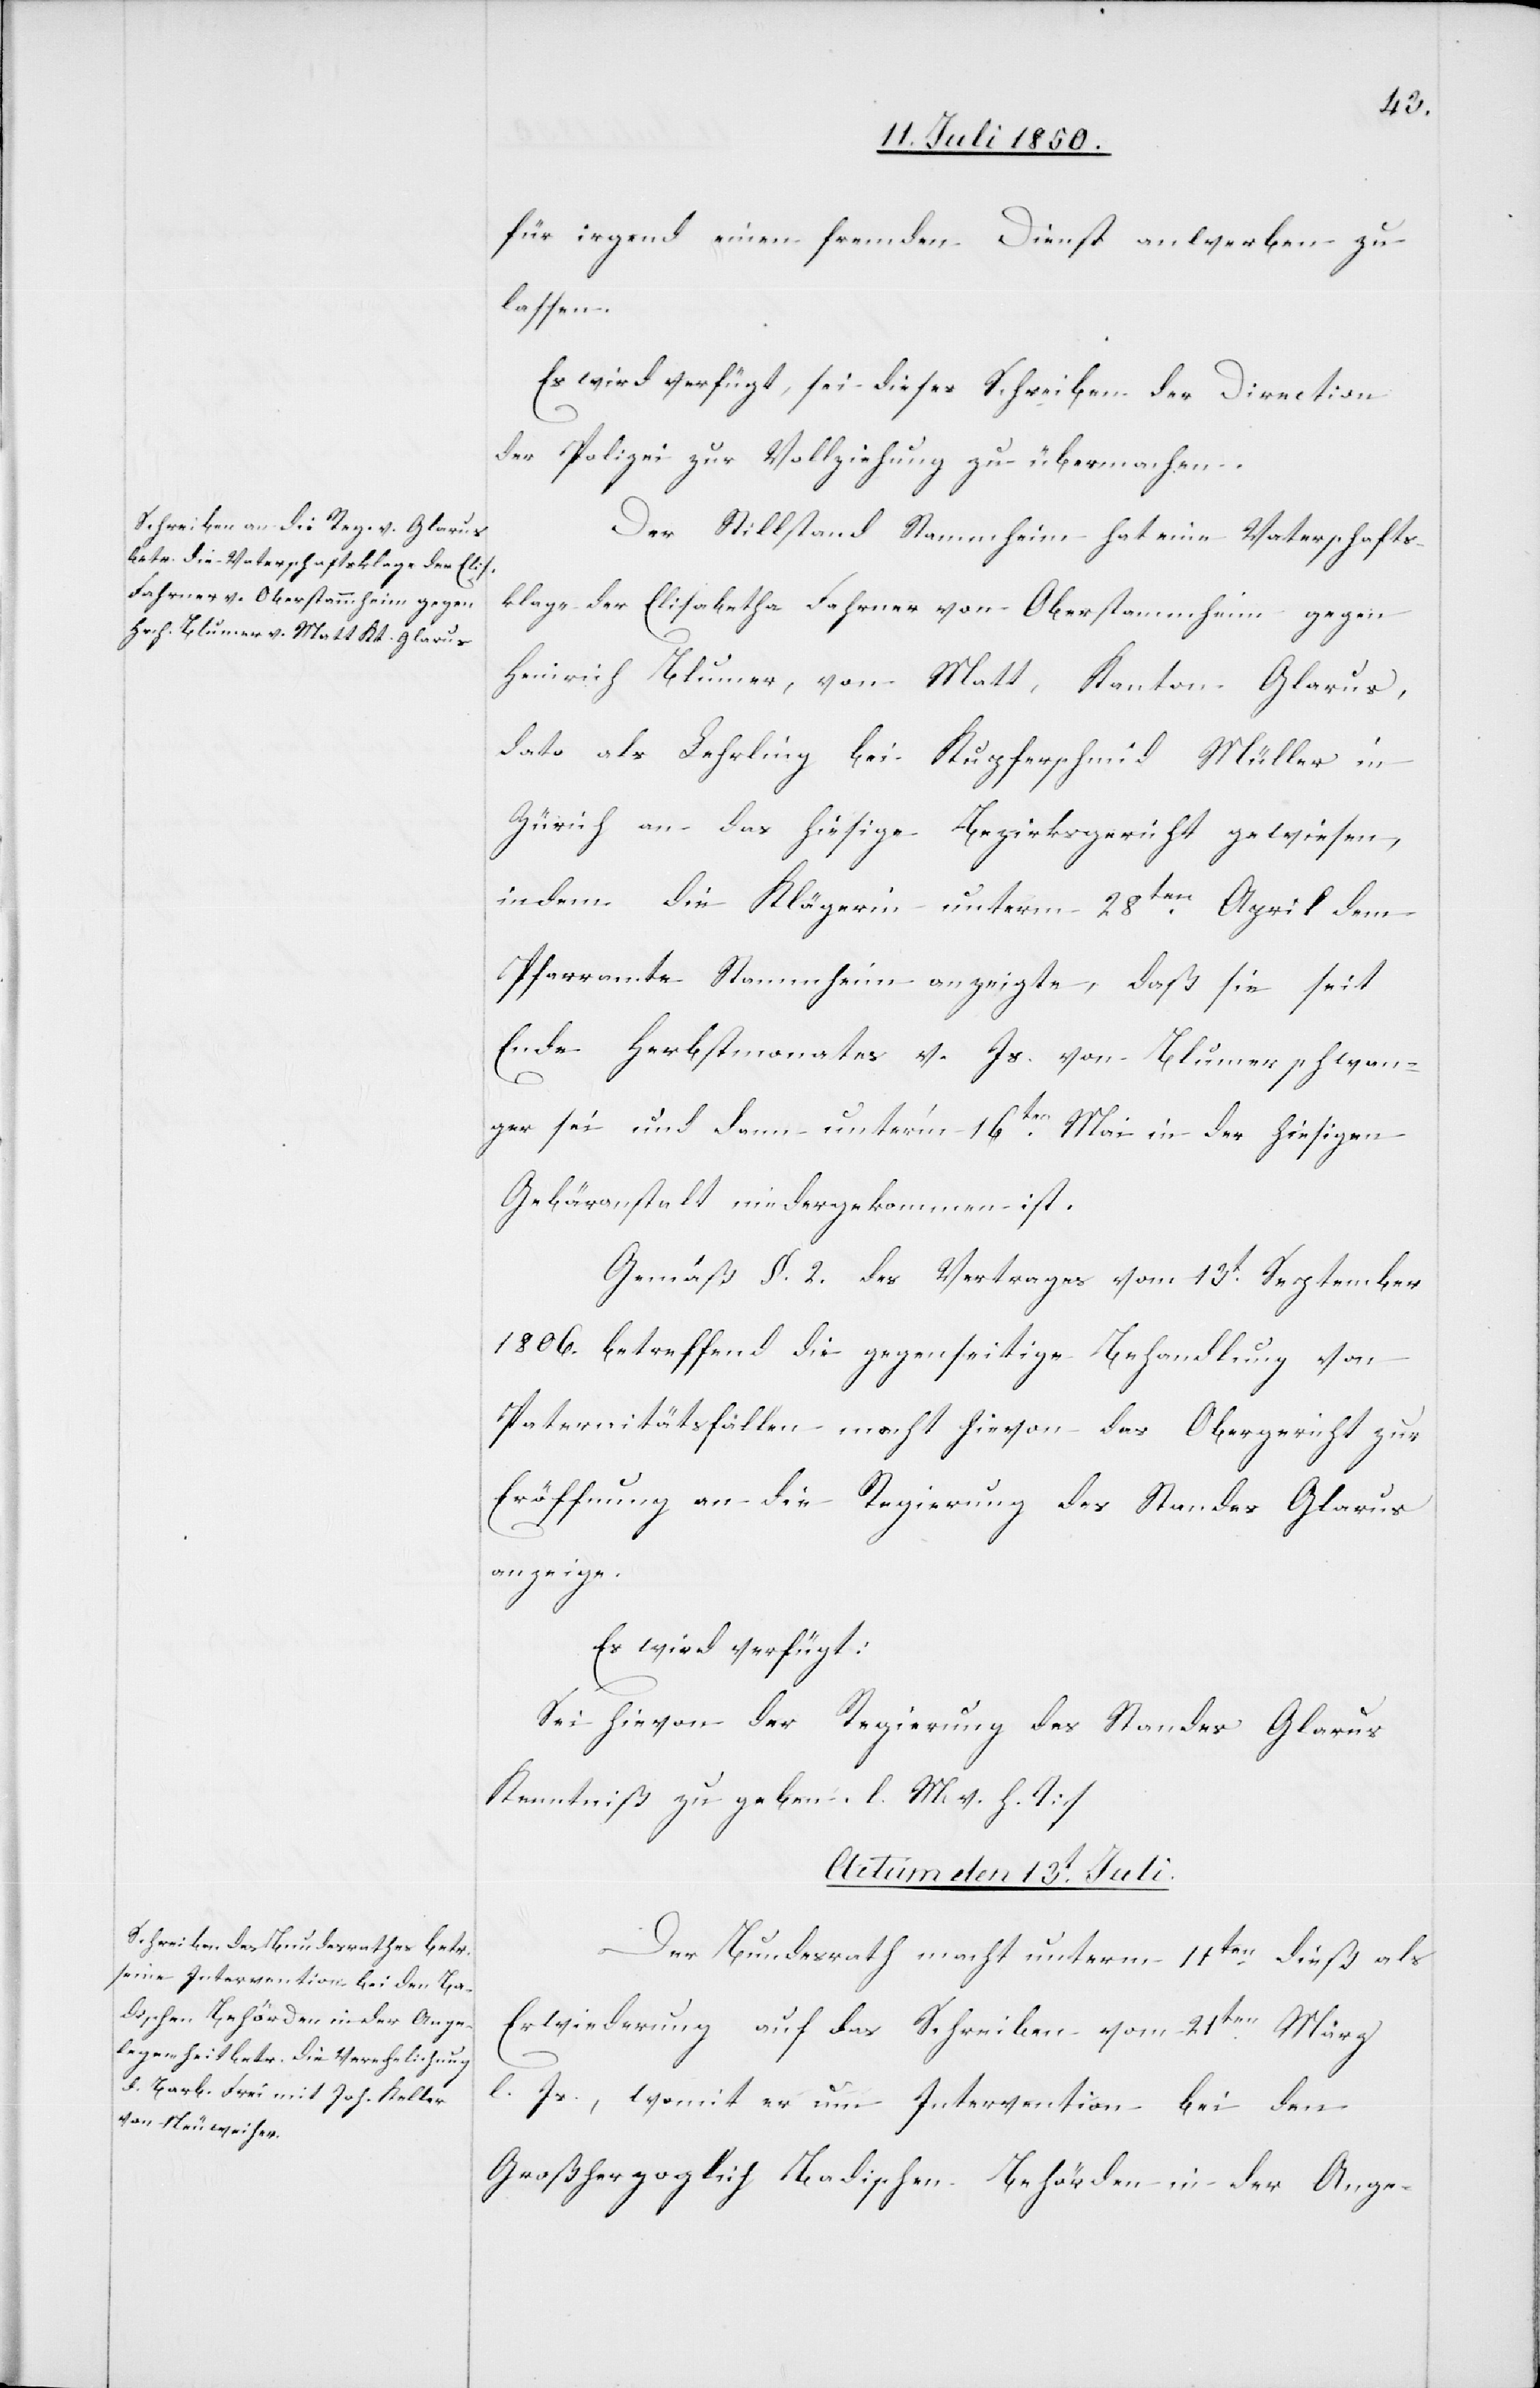
für irgend einen fremden Dienst anwerben zu
lassen.
Es wird verfügt, sei dieses Schreiben der Direction
der Polizei zur Vollziehung zu übermachen.
Der Stillstand Stammheim hat eine Vaterschafts¬
klage der Elisabetha Fahrner von Oberstammheim gegen
Heinrich Blumer, von Matt, Kanton Glarus,
dato als Lehrling bei Kupferschmid Müller in
Zürich an das hiesige Bezirksgericht gewiesen,
indem die Klägerin unterm 28ten April dem
Pfarramte Stammheim anzeigte, daß sie seit
Ende Herbstmonates v. Js. von Blumer schwan¬
ger sei und dann unter’m 16ten Mai in der hiesigen
Gebäranstalt niedergekommen ist.
Gemäß §. 2. des Vertrages vom 13t September
1806. betreffend die gegenseitige Behandlung von
Paternitätsfällen macht hievon das Obergericht zur
Eröffnung an die Regierung des Standes Glarus
anzeige.
Es wird verfügt:
Sei hievon der Regierung des Standes Glarus
Kenntniß zu geben. []l. M. v. h. T]
Actum den 13t Juli.
Der Bundesrath macht unterm 11ten dieß als
Erwiederung auf das Schreiben vom 21ten März
l. Js., womit er um Intervention bei den
Großherzoglich Badischen Behörden in der Ange-